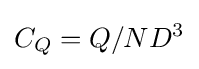
C_{Q}=Q/ND^{3}